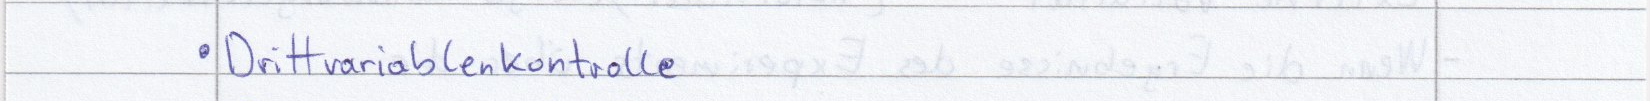
Drittvariablenkontrolle